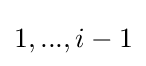
1,...,i-1